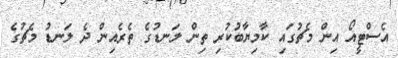
އެސްޓީއޯ އިން މެޗުގައި ކާމިޔާބުކުރި ތިން ލަނޑުގެ ތެރެއިން ދެ ލަނޑު މެޗުގެ